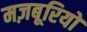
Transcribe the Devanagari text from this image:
मज़बूरियों